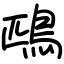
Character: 鴄